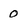
Character: o